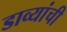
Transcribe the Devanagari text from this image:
डाव्यांची